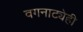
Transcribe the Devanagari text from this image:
वगनाट्येही